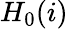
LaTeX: H_{0}(i)